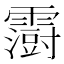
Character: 𮦵